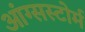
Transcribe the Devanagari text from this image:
आंग्सस्टोर्म